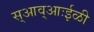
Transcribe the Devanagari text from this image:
स्आव्आःईळी